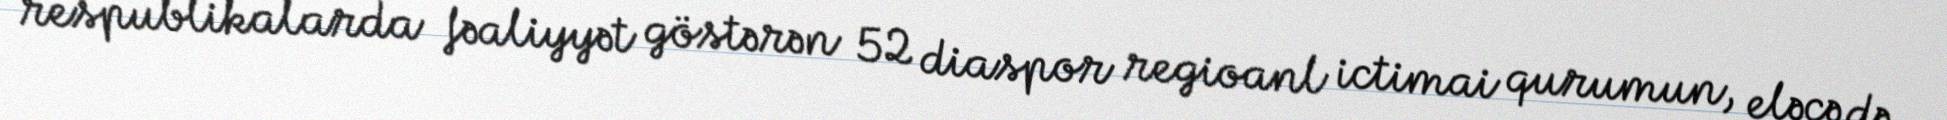
respublikalarda fəaliyyət göstərən 52 diaspor regioanl ictimai qurumun, eləcə də